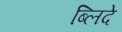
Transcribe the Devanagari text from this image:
ब्लिदे